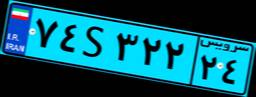
۴۹S۹۳۶۶۸